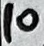
Text: 10